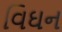
વિઘન